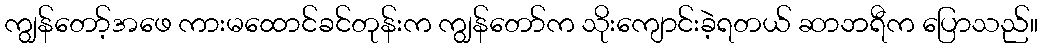
ကျွန်တော့်အဖေ ကားမထောင်ခင်တုန်းက ကျွန်တော်က သိုးကျောင်းခဲ့ရတယ် ဆာဘရီက ပြောသည်။